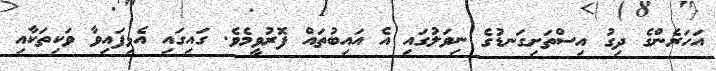
އަހަރެންގެ ދިގު އިސްތަށިގަނޑުގެ ނިވަލުގައި އެ އައިބުތަައް ފޮރުވީމެވެ. ގައިގައި އެޅިފައިވާ ވަކިތަކާއި